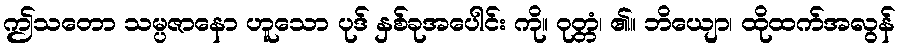
ဤသတော သမ္ပဇာနော ဟူသော ပုဒ် နှစ်ခုအပေါင်း ကို။ ဝုတ္တံ၊ ၏။ ဘိယျော၊ ထိုထက်အလွန်